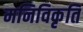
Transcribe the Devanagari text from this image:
मनिविकृति